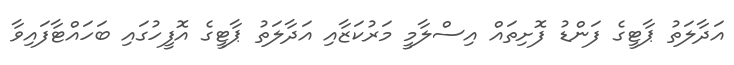
އަދާލަތު ޕާޓީގެ ފަންޑު ފޮށިތައް އިސްލާމީ މަރުކަޒާއި އަދާލަތު ޕާޓީގެ އޮފީހުގައި ބަހައްޓާފައިވާ